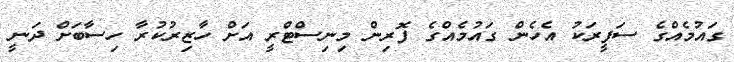
ގައުމެއްގެ ސަފީރަކު އެހެން ގައުމެއްގެ ފޮރިން މިނިސްޓްރީ އަށް ހާޒިރުކުރާ ހިސާބަށް ދަނީ